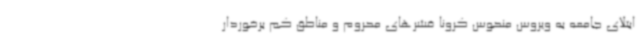
ابتلای جامعه به ویروس منحوس کرونا قشرهای محروم و مناطق کم برخوردار